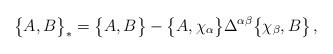
LaTeX: \begin{align*}\bigl\{A,B\bigr\}_*=\bigl\{A,B\bigr\}-\bigl\{A,\chi_\alpha\bigr\}\Delta^{\alpha\beta}\bigl\{\chi_\beta,B\bigr\}\,,\end{align*}